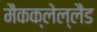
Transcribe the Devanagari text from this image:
मैकक्लेल्लैंड